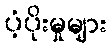
ပံ့ပိုးမှုများ